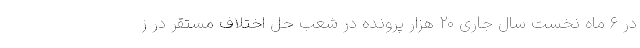
در ۶ ماه نخست سال جاری ٢٠ هزار پرونده در شعب حل اختلاف مستقر در ز